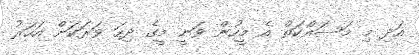
އަދި މި މަސައްކަތް އެ މީހުން ވަނީ މީގެ ދިހަ ވަރަަކަށް އަހަރު